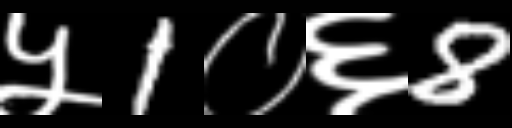
Text: ५1०६8